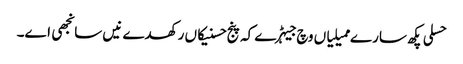
حسلی پکھ سارے ممیلیاں وچ جیہڑے کہ پنج حسنیکاں رکھدے نیں سانجھی اے۔